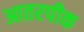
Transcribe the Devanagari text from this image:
आतरपीक